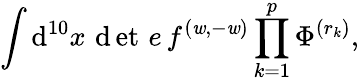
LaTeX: {\int\mathrm{d}^{10}x\, \operatorname*{\mathrm{d}et}\, e\, f^{(\mathit{w},-\mathit{w})}\prod_{k=1}^{p}\Phi^{(r_{k})},}